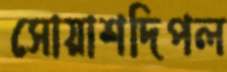
সোয়াশদিপল